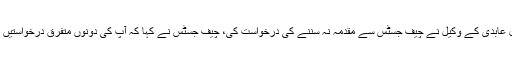
پاکستان 24 کے مطابق فیصل عابدی کے وکیل نے چیف جسٹس سے مقدمہ نہ سننے کی درخواست کی، چیف جسٹس نے کہا کہ آپ کی دونوں متفرق درخواستیں مسترد کر دی ہیں، اب بتائیں ۔